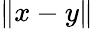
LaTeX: \| x-y\|